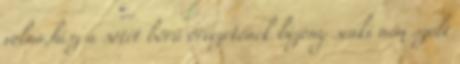
volna,hisz a sötét bőrű őrvezetőnek bizony senki nem szólt